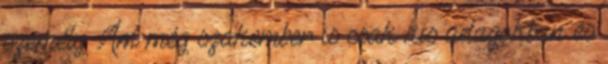
személy. Ám még szakember is csak kis adagokban és